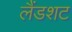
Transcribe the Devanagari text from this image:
लैंडशट